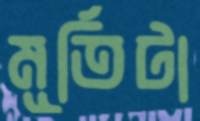
মূর্তিটা